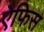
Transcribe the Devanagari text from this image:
ऐफिस